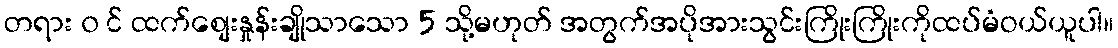
တရား ၀ င် ထက်စျေးနှုန်းချိုသာသော 5 သို့မဟုတ် အတွက်အပိုအားသွင်းကြိုးကြိုးကိုထပ်မံဝယ်ယူပါ။